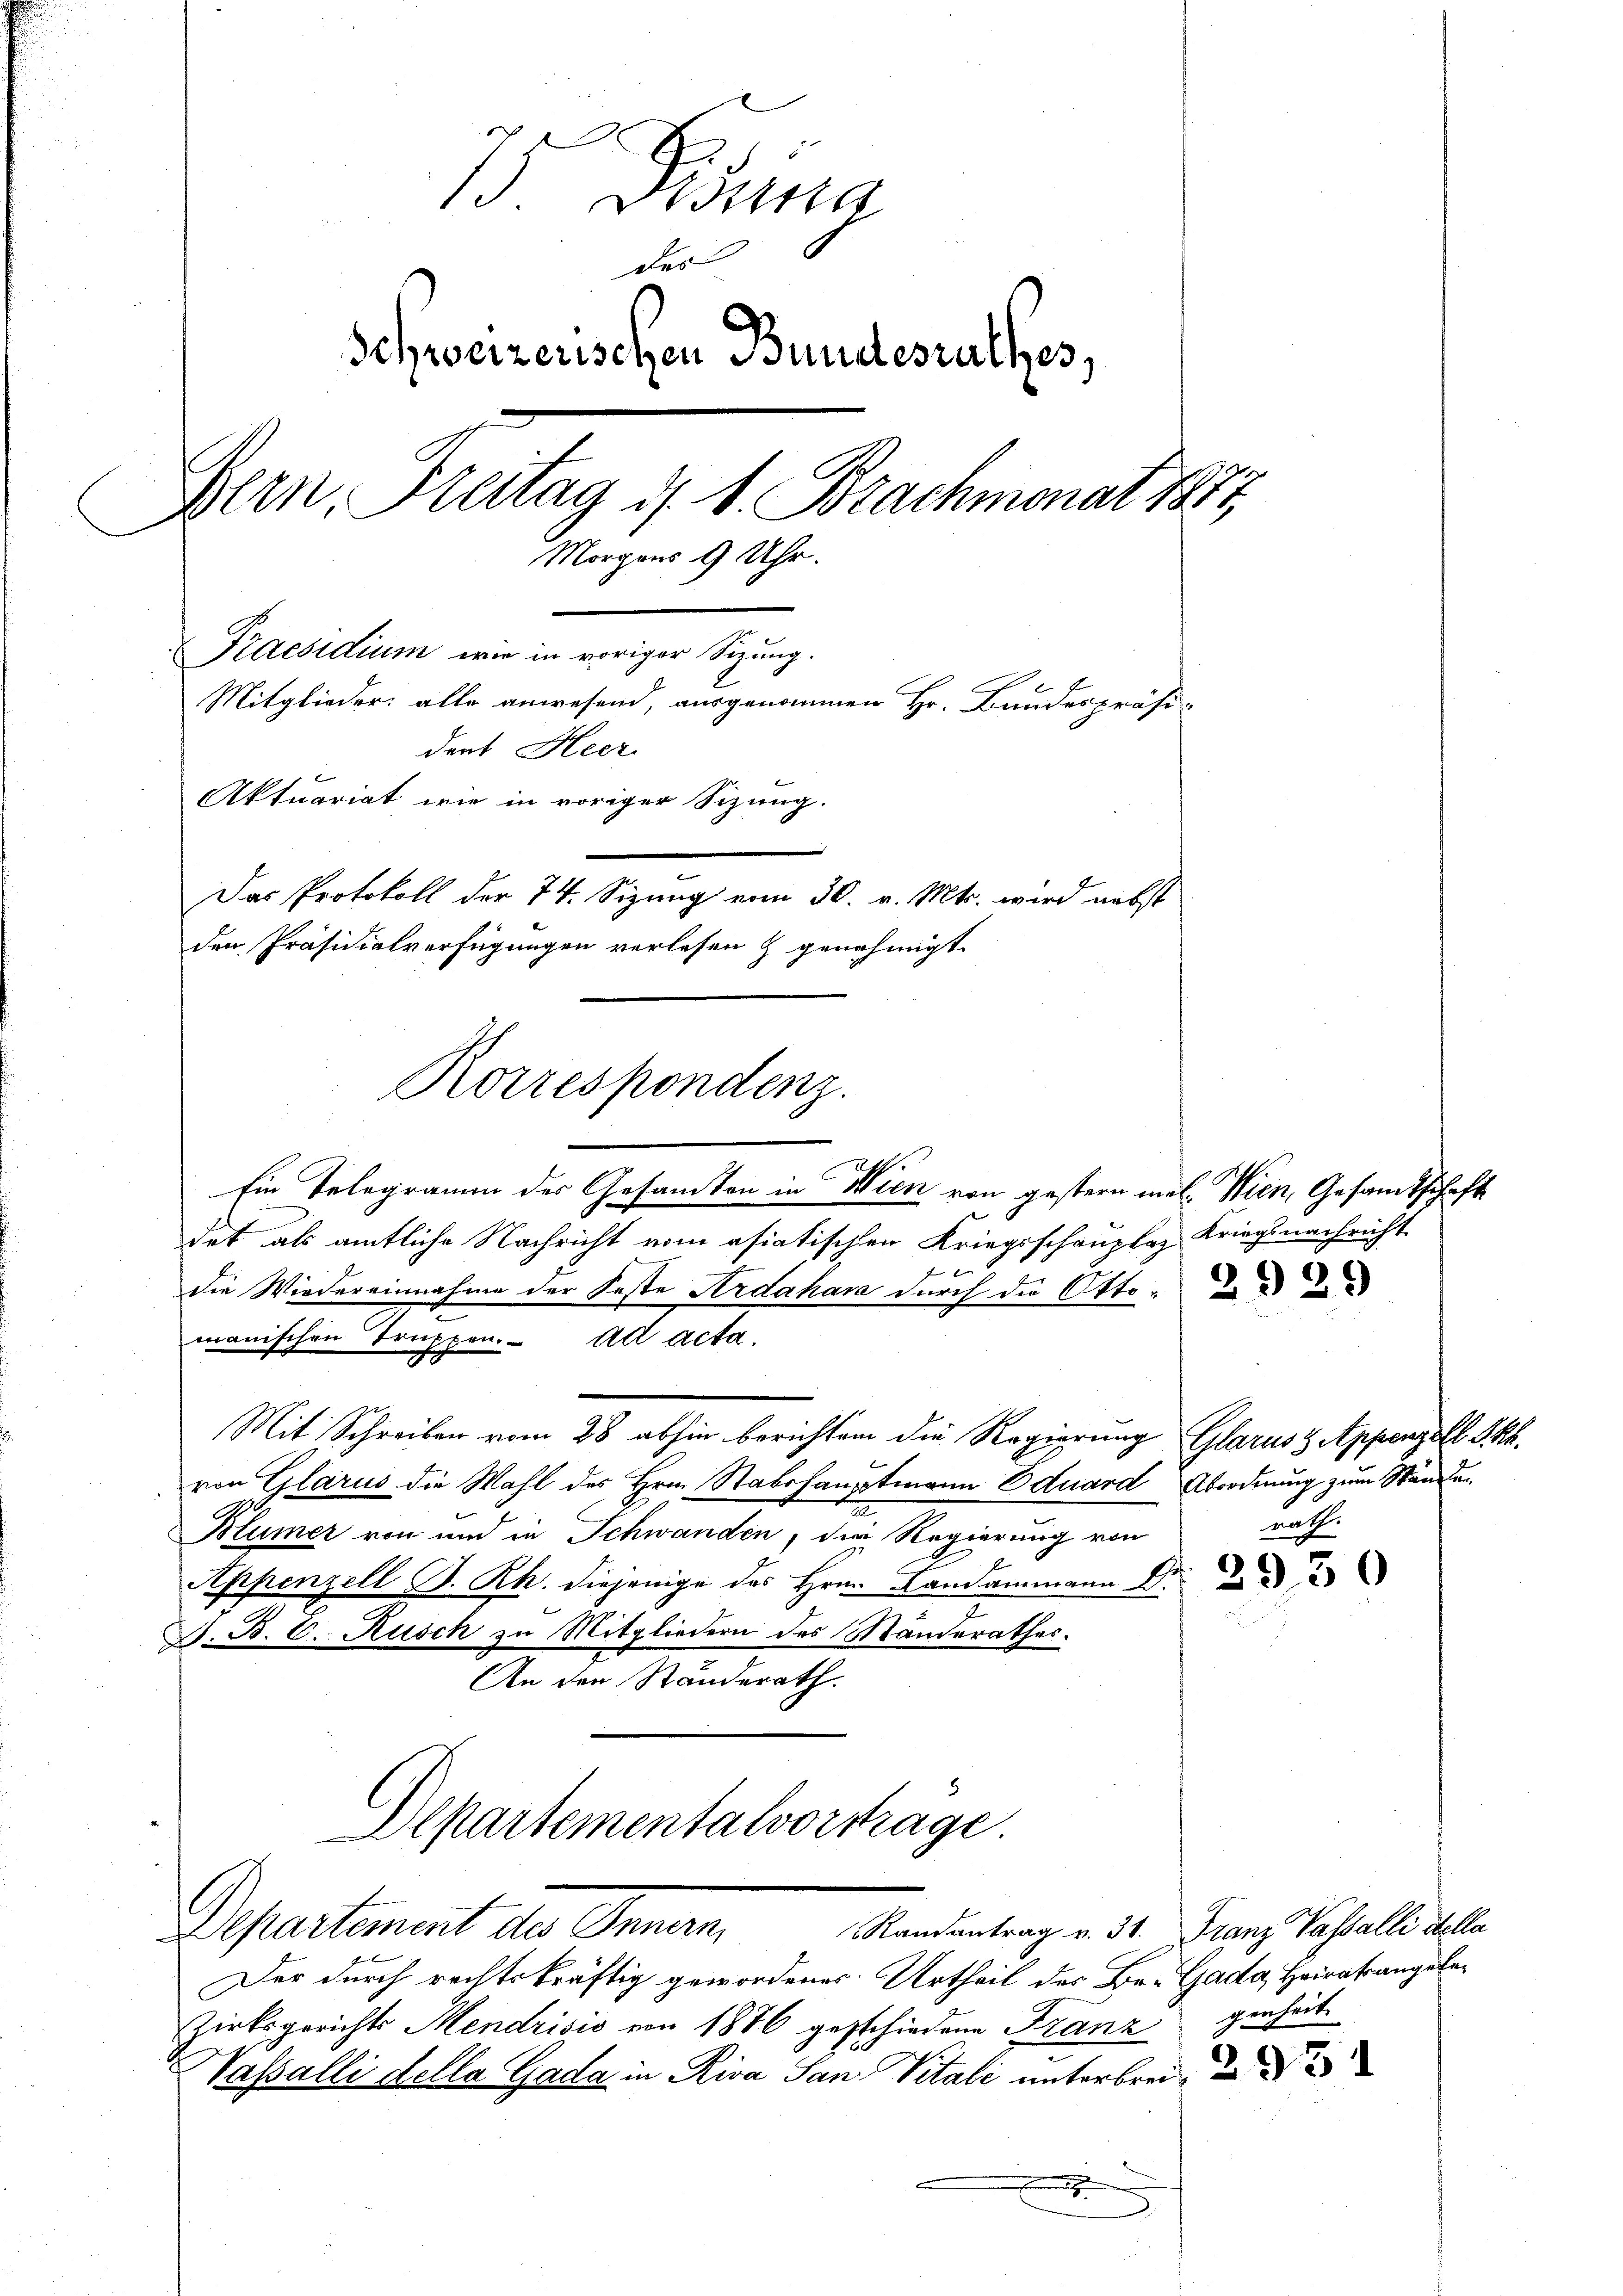
75. Fina
des
Schweizerischen Bundesrathes,
Bern, Freitag d. 1. Brachmonat 1871
Morgens 9 Uhr.
Praesidium wie in voriger Sitzung.
Mitglieder alle anwesend, ausgenommen Hr. Bandespräsi-
dent Heer
Aktuariat wie in voriger Sizung.
Das Protokoll der 74. Sizung vom 30. v. Mts. wird nebst
den Präsidialverfügungen verlesen & genehmigt.

Ein Telegramm des Gesandten in Wien von gestern mal. Wien, Gesamtschaft
det als amtliche Nachricht vom asiatischen Kriegsschanzley Kriegs nachricht
die Wiedereinnahme der Feste Ardahar durch die Otto.
manischen Truppen. All acta.
g
Mit Schreiben vom 28. abhin berichten die Regierung Glarus & Appenzell S. kk.
von Glarus die Wahl des Hrn. Stabshauptmann Eduard Abordnung zum Ständen
Blümer von und in Schwanden, die Regierung von
Appenzell P. Rh. diejenige des Hrn. Landammann Dr
F. B. C. Rusch zu Mitgliedern des Manderathes.
An den Standerath.
Alpartementalvortrage.

Korrespondenz.

Departement der Genan

Der durch rechtskräftig gewordenes Urtheil des Be-Gada, Heiratrangele¬
Zirksgerichts Mendrisić von 1876 geschiedene Franz genheit
Vasalli della Gada in Riva San Vitali unterbreie
s

rath.

Randantrag v. 31. Franz Passalli della

2931